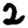
Digit: 2